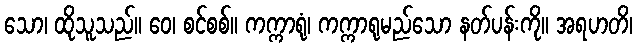
သော၊ ထိုသူသည်။ ဝေ၊ စင်စစ်။ ကက္ကာရုံ၊ ကက္ကာရုမည်သော နတ်ပန်းကို။ အရဟတိ၊